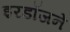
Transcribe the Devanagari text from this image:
इरडॉजने